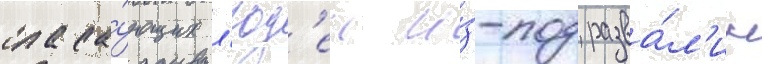
спаса́ющих л'юд'еи и́з-под разва́л'ин